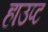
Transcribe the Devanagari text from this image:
हाउप्ट